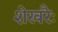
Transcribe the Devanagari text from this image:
शेखरैः